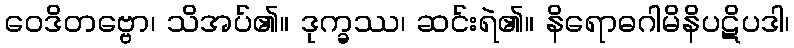
ဝေဒိတဗ္ဗော၊ သိအပ်၏။ ဒုက္ခဿ၊ ဆင်းရဲ၏။ နိရောဓဂါမိနိပဋိပဒါ၊